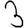
Digit: 3